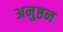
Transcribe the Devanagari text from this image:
अनुष्ठन